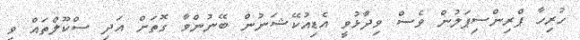
ހުރިހާ ޕްރިންސިޕަލުން ވެސް ވިދާޅުވީ އެޑިއުކޭޝަނުން ބޭނުންވާ ގޮތަށް އަދި ސްކޫލްތައް ވީ